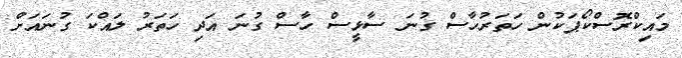
މައިކްރޮސްކޯޕަކުން ހަތަރުހާސް ގުނަ ސާޅީސް ހާސް ގުނަ އަދި ހަތަރު ލައްކަ ގުނައަށް